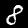
Label: 8